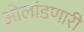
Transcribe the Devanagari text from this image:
ओलांडणारी